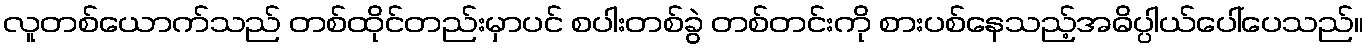
လူတစ်ယောက်သည် တစ်ထိုင်တည်းမှာပင် စပါးတစ်ခွဲ တစ်တင်းကို စားပစ်နေသည့်အဓိပ္ပါယ်ပေါ်ပေသည်။